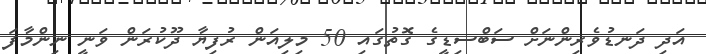
އަދި ދަނޑުވެރިންނަށް ސަބްސިޑީގެ ގޮތުގައި 50 މިލިއަން ރުފިޔާ ދޫކުރަން ވަނީ ނިންމާފަ